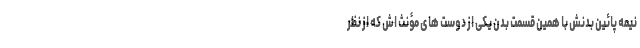
نیمه پائین بدنش با همین قسمت بدن یکی از دوست های مؤنث اش که از نظر